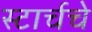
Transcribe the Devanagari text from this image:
स्टार्चचे